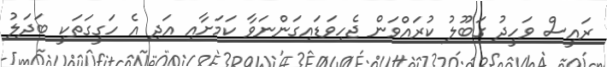
ރައީސް ވަހީދު ގަބޫލު ކުރައްވަން ޖެހިވަޑައިގަންނަވާ ކަމަށާއި އަދި އެ ހަގީގަތަކީ ބަދަލު